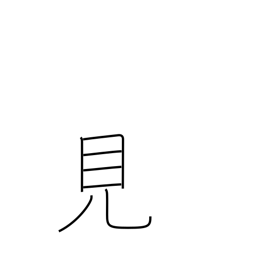
Meaning: visible